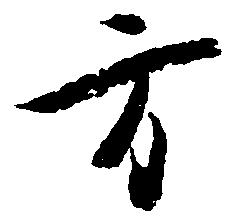
方